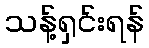
သန့်ရှင်းရန်